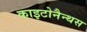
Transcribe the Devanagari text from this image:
काइटोनैन्थस